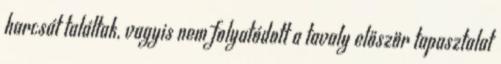
harcsát találtak, vagyis nem folyatódott a tavaly először tapasztalat